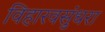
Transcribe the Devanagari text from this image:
विहारवसुंधरा